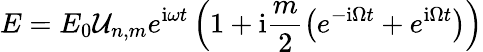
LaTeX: E=E_{0}\mathcal{U}_{n,m}e^{\mathrm{i}\omega t}\left(1+\mathrm{i}\frac{m}{2}\left(e^{-\mathrm{i}\Omega t}+e^{\mathrm{i}\Omega t}\right)\right)